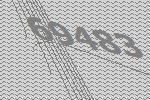
69483